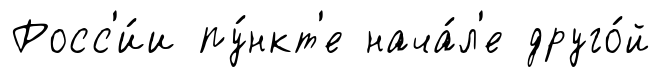
Росс'и́и пу́нкт'е нача́л'е друго́й